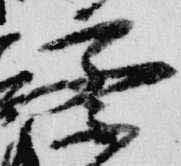
察